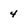
Character: 4